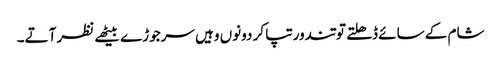
شام کے سائے ڈھلتے تو تندور تپا کر دونوں وہیں سرجوڑے بیٹھے نظر آتے۔